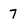
Character: 7